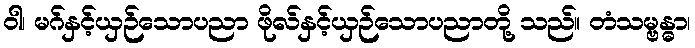
ဝါ၊ မဂ်နှင့်ယှဉ်သောပညာ ဖိုလ်နှင့်ယှဉ်သောပညာတို့ သည်။ တံသမ္ဗန္ဓာ၊